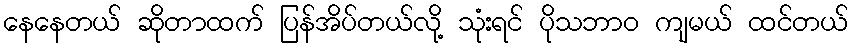
နေနေတယ် ဆိုတာထက် ပြန်အိပ်တယ်လို့ သုံးရင် ပိုသဘာဝ ကျမယ် ထင်တယ်